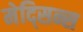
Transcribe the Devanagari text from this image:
मेद्सिन्स